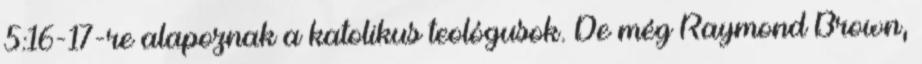
5:16-17-re alapoznak a katolikus teológusok. De még Raymond Brown,